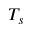
T _ { s }